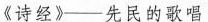
《诗经》-先民的歌唱